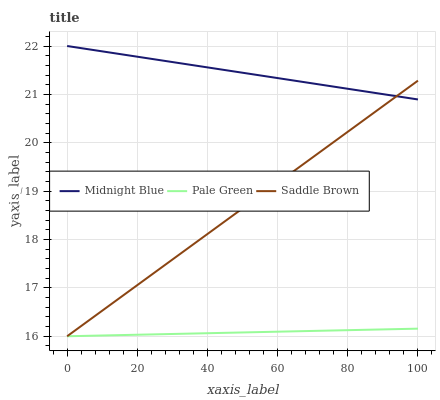
| xaxis_label | Midnight Blue | Pale Green | Saddle Brown |
 | --- | --- | --- | --- |
 | 0 | 22 | 16 | 16 |
 | 20 | 21.8 | 16 | 17.1 |
 | 40 | 21.6 | 16.1 | 18.1 |
 | 60 | 21.3 | 16.1 | 19.2 |
 | 80 | 21.1 | 16.1 | 20.2 |
 | 100 | 20.9 | 16.2 | 21.3 |